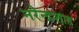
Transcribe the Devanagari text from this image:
नरेन्द्रशाह